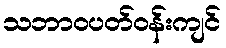
သဘာဝပတ်ဝန်းကျင်